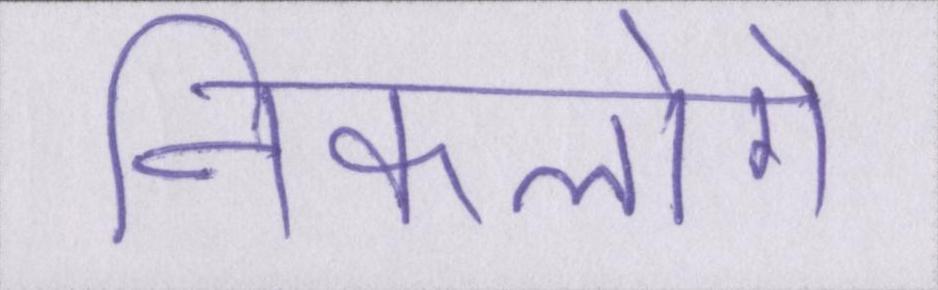
निकलोगे